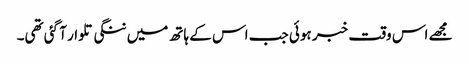
مجھے اس وقت خبر ہوئی جب اس کے ہاتھ میں ننگی تلوار آ گئی تھی۔